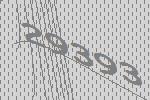
29393